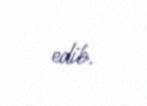
edib.